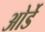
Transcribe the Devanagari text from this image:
ओर्डे